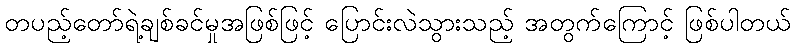
တပည့်တော်ရဲ့ချစ်ခင်မှုအဖြစ်ဖြင့် ပြောင်းလဲသွားသည့် အတွက်ကြောင့် ဖြစ်ပါတယ်